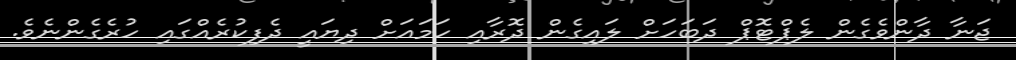
ޖަނާ ދާންވެގެން ލެޕްޓޮޕް ދަބަހަށް ލައިގެން ދޮރާއި ހަމައަށް ދިޔައީ ދެފިކުރެއްގައި ހުރެގެންނެވެ.